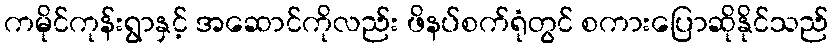
ကမိုင်ကုန်းရွာနှင့် အဆောင်ကိုလည်း ဖိနပ်စက်ရုံတွင် စကားပြောဆိုနိုင်သည်